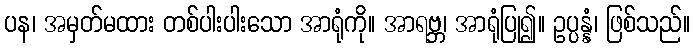
ပန၊ အမှတ်မထား တစ်ပါးပါးသော အာရုံကို။ အာရဗ္ဘ၊ အာရုံပြု၍။ ဥပ္ပန္နံ၊ ဖြစ်သည်။